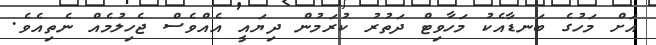
އަށް މަހުގެ ބަނޑާއެކު މަހާވިޓް ދަތުރު ކުރަމުން ދިޔައީ އެއްވެސް ޖެހިލުމެއް ނެތިއެވެ.